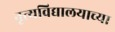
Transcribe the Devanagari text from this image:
नृत्यविद्यालयाच्या